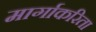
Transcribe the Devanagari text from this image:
मार्गाकरिता